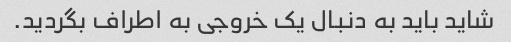
شاید باید به دنبال یک خروجی به اطراف بگردید.